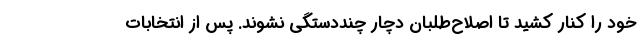
خود را کنار کشید تا اصلاح‌طلبان دچار چنددستگی نشوند. پس از انتخابات